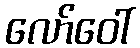
လော်ဝေါ်